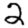
Digit: 2